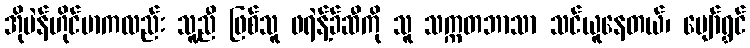
အိုပဲန်ဟိုင်မာကလည်း သူ့ညီ ဖြစ်သူ ဖရဲန့်ခ်ဆီကို သူ သက္ကတဘာသာ သင်ယူနေတယ်၊ ပျော်ရွှင်